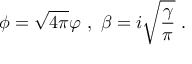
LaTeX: \phi = \sqrt { 4 \pi } \varphi \ , \ \beta = i \sqrt { \frac { \gamma } { \pi } } \ .